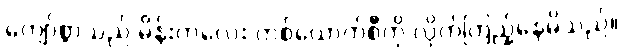
ကျော်စွာသည် မိန်းကလေး တစ်ယောက်စီကို လိုက်ကြည့်နေမိသည်။